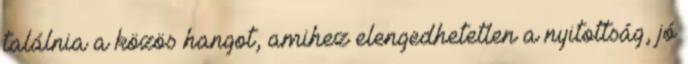
találnia a közös hangot, amihez elengedhetetlen a nyitottság, jó